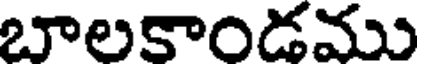
బాలకాండము